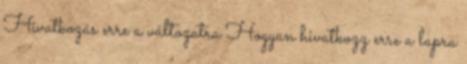
Hivatkozás erre a változatra Hogyan hivatkozz erre a lapra